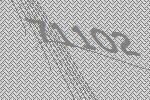
71102